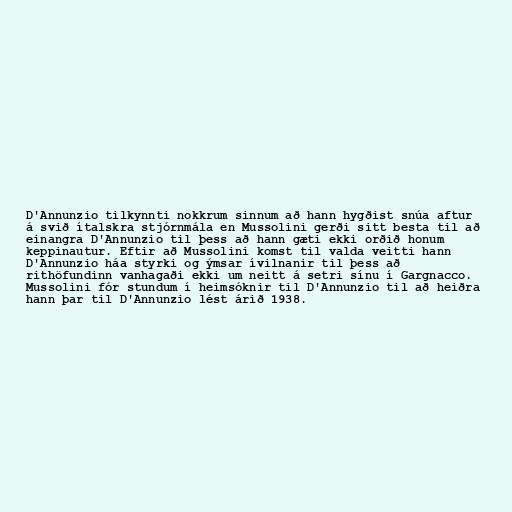
D'Annunzio tilkynnti nokkrum sinnum að hann hygðist snúa aftur
á svið ítalskra stjórnmála en Mussolini gerði sitt besta til að
einangra D'Annunzio til þess að hann gæti ekki orðið honum
keppinautur. Eftir að Mussolini komst til valda veitti hann
D'Annunzio háa styrki og ýmsar ívilnanir til þess að
rithöfundinn vanhagaði ekki um neitt á setri sínu í Gargnacco.
Mussolini fór stundum í heimsóknir til D'Annunzio til að heiðra
hann þar til D'Annunzio lést árið 1938.